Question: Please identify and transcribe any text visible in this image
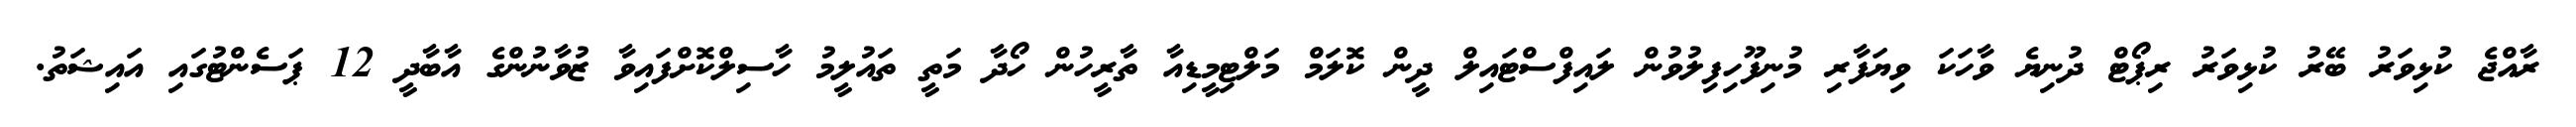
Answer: ރާއްޖެ ކުޅިވަރު ބޭރު ކުޅިވަރު ރިޕޯޓް ދުނިޔެ ވާހަކަ ވިޔަފާރި މުނިފޫހިފިލުވުން ލައިފްސްޓައިލް ދީން ކޮލަމް މަލްޓިމީޑިއާ ތާރީހުން ހޯދާ މަތީ ތައުލީމު ހާސިލްކޮށްފައިވާ ޒުވާނުންގެ އާބާދީ 12 ޕަސެންޓުގައި އައިޝަތު.